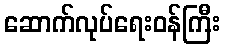
ဆောက်လုပ်ရေးဝန်ကြီး